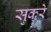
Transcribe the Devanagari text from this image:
सुकरे